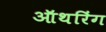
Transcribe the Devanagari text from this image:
ऑथरिंग